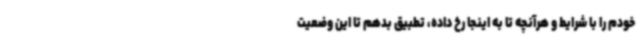
خودم را با شرایط و هرآنچه تا به اینجا رخ داده، تطبیق بدهم تا این وضعیت